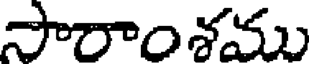
సారాంశము